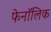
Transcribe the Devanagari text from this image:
फेनॉलिक